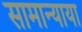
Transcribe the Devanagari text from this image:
सामान्याया